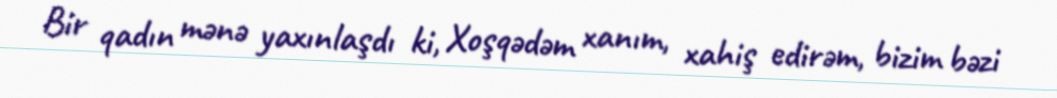
Bir qadın mənə yaxınlaşdı ki, Xoşqədəm xanım, xahiş edirəm, bizim bəzi